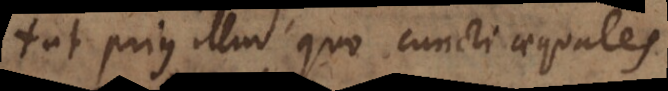
ut prius illud quo cuncti aequales